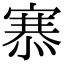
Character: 𢞝